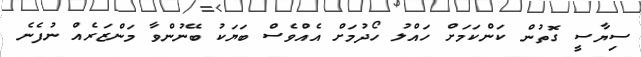
ސިޔާސީ ގޮތުން ކަންކަމަށް ހައްލު ހޯދުމަށް އެއްވެސް ބަޔަކު ބޭނުންވާ މަންޒަރެއް ނުފެނެ